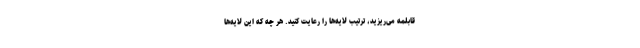
قابلمه می‌ریزید، ترتیب لایه‌ها را رعایت کنید. هر چه که این لایه‌ها